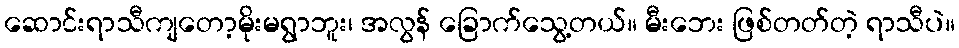
ဆောင်းရာသီကျတော့မိုးမရွာဘူး၊ အလွန် ခြောက်သွေ့တယ်။ မီးဘေး ဖြစ်တတ်တဲ့ ရာသီပဲ။